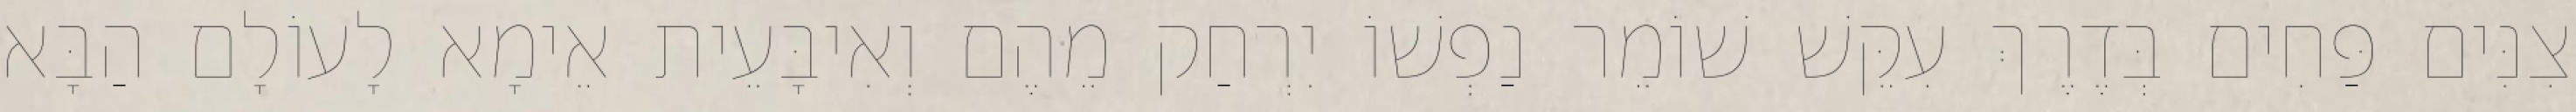
צִנִּים פַּחִים בְּדֶרֶךְ עִקֵּשׁ שׁוֹמֵר נַפְשׁוֹ יִרְחַק מֵהֶם וְאִיבָּעֵית אֵימָא לָעוֹלָם הַבָּא